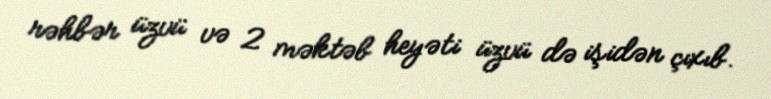
rəhbər üzvü və 2 məktəb heyəti üzvü də işidən çıxıb.